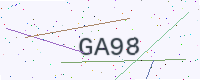
Text: GA98